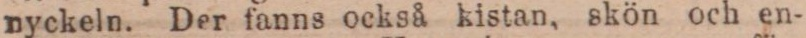
nyckeln. Der fanns också kistan, skön och en-